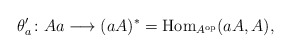
\begin{align*}\theta'_a\colon Aa\longrightarrow (aA)^*={\rm Hom}_{A^{\rm op}}(aA, A),\end{align*}